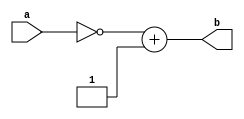
module qtwosComp(
    input [N-2:0] a,
    output [2*N-1:0] b
    );
	reg [2*N-1:0] data;
	reg [2*N-1:0] flip;
	reg [2*N-1:0] out;
	
	//Parameterized values
	parameter Q = 15;
	parameter N = 32;
	
	assign b = out;
	
	always @(a)
	begin
		data <= a;		
	end
	
	always @(data)
	begin
		flip <= ~a;
	end
	
	always @(flip)
	begin
		out <= flip + 1;
	end

endmodule